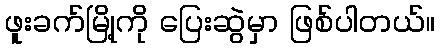
ဖူးခက်မြို့ကို ပြေးဆွဲမှာ ဖြစ်ပါတယ်။